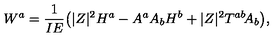
W ^ { a } = \frac { 1 } { I E } \big ( | Z | ^ { 2 } H ^ { a } - A ^ { a } A _ { b } H ^ { b } + | Z | ^ { 2 } T ^ { a b } \! A _ { b } \big ) ,